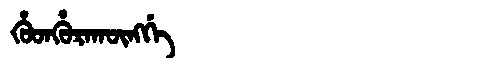
Manchu: ᡥᡠᡨᡥᡠᡵᠠᡴᡡᠩᡤᡝ
Romanization: HUTHURAKŪNGGE